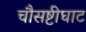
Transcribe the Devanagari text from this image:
चौसष्टीघाट